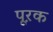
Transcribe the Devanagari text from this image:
पूऱक